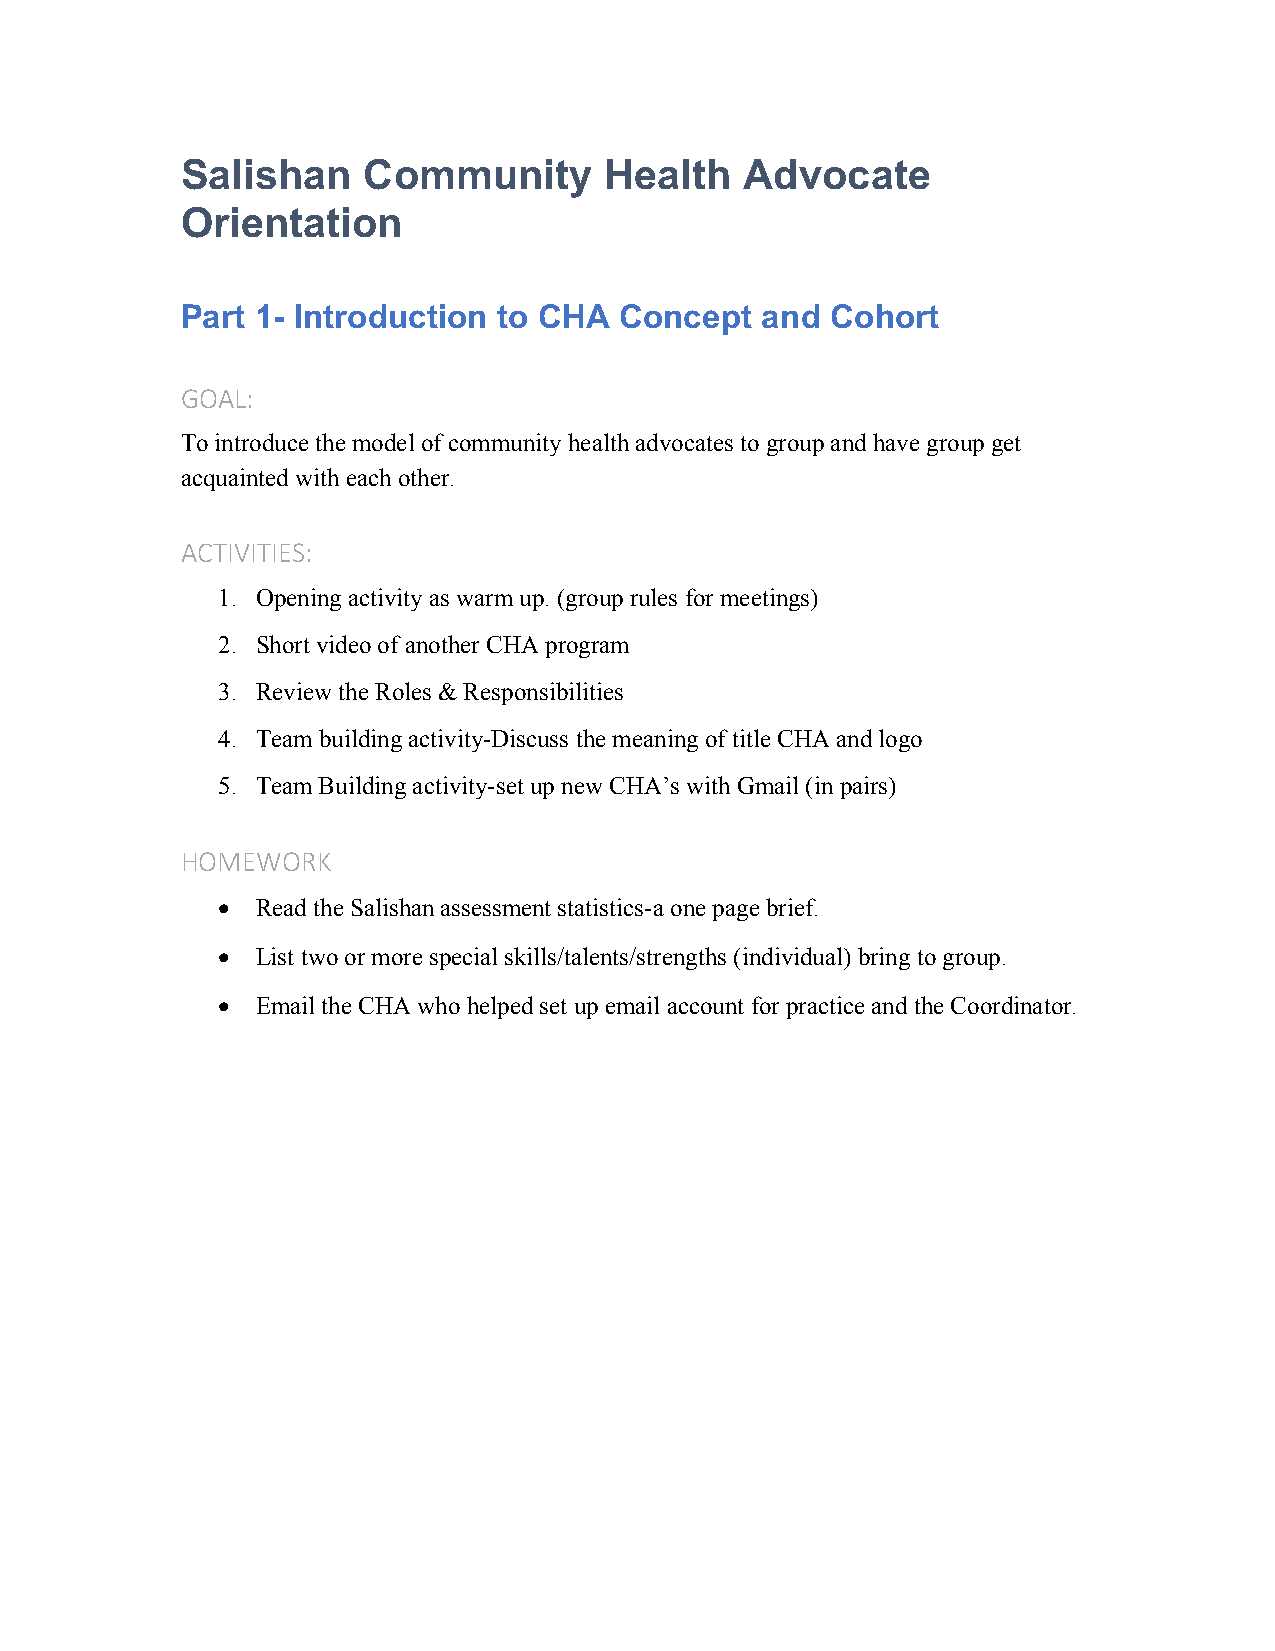
Salishan    Community       Health   Advocate
 Orientation
 Part 1- Introduction to CHA  Concept  and  Cohort
 GOAL:
 To introduce the model of community health advocates to group and have group get
 acquainted with each other.
 ACTIVITIES:
 1. Opening activity as warm up. (group rules for meetings)
 2. Short video of another CHA program
 3. Review the Roles & Responsibilities
 4. Team building activity-Discuss the meaning of title CHA and logo
 5. Team Building activity-set up new CHA’s with Gmail (in pairs)
 HOMEWORK
 •  Read the Salishan assessment statistics-a one page brief.
 •  List two or more special skills/talents/strengths (individual) bring to group.
 •  Email the CHA who helped set up email account for practice and the Coordinator.